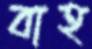
বাহ